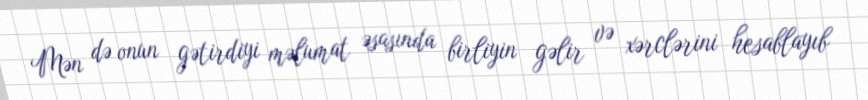
Mən də onun gətirdiyi məlumat əsasında birliyin gəlir və xərclərini hesablayıb